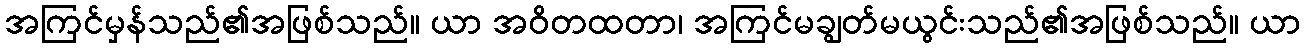
အကြင်မှန်သည်၏အဖြစ်သည်။ ယာ အဝိတထတာ၊ အကြင်မချွတ်မယွင်းသည်၏အဖြစ်သည်။ ယာ